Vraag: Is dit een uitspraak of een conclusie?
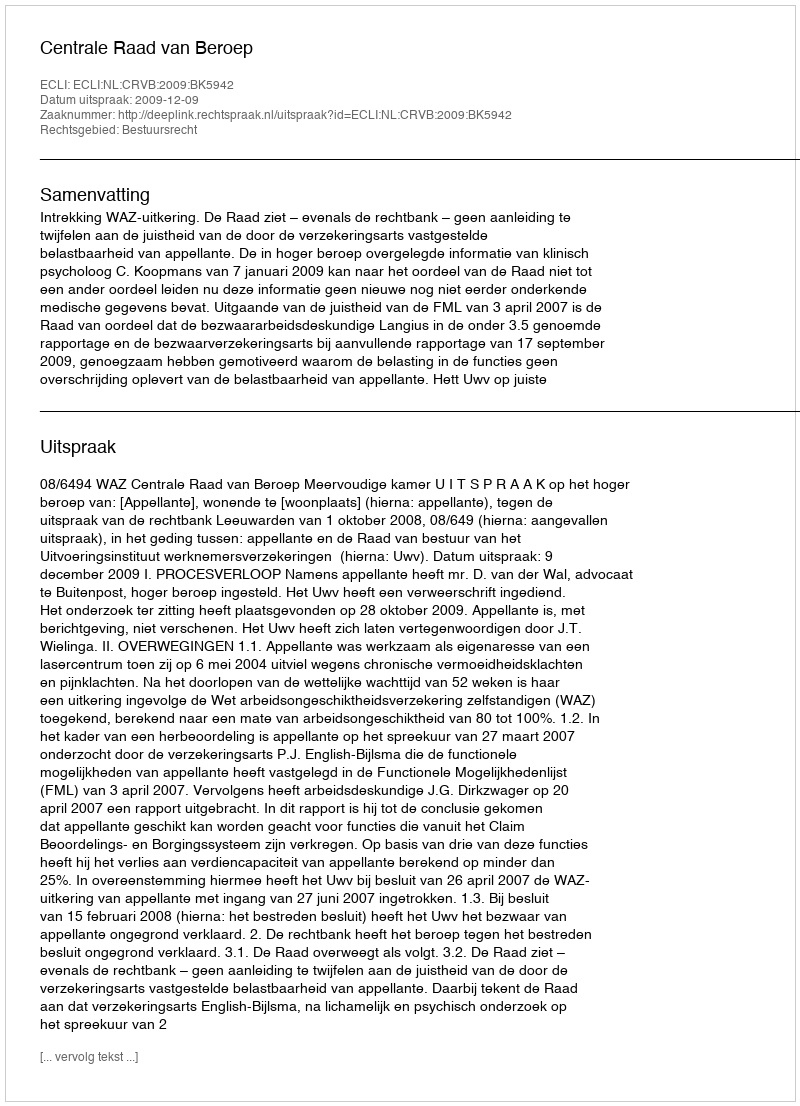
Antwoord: Uitspraak